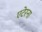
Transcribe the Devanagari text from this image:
एटेरना